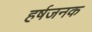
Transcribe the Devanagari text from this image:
हर्षजनक